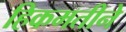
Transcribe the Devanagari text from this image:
हिकमतीने